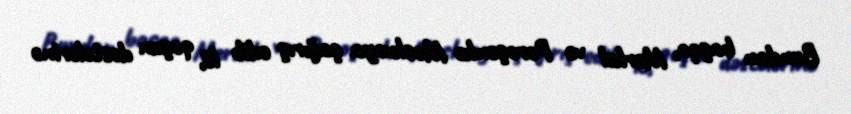
Bundan başqa, Merkel və Poroşenko Moskvaya çağırış edib ki, qoşun dəstələrinə